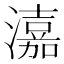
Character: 𤀺